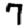
Digit: 7